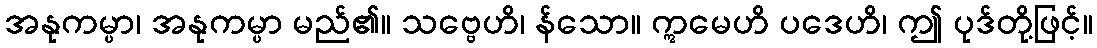
အနုကမ္ပာ၊ အနုကမ္ပာ မည်၏။ သဗ္ဗေဟိ၊ န်သော။ ဣမေဟိ ပဒေဟိ၊ ဤ ပုဒ်တို့ဖြင့်။